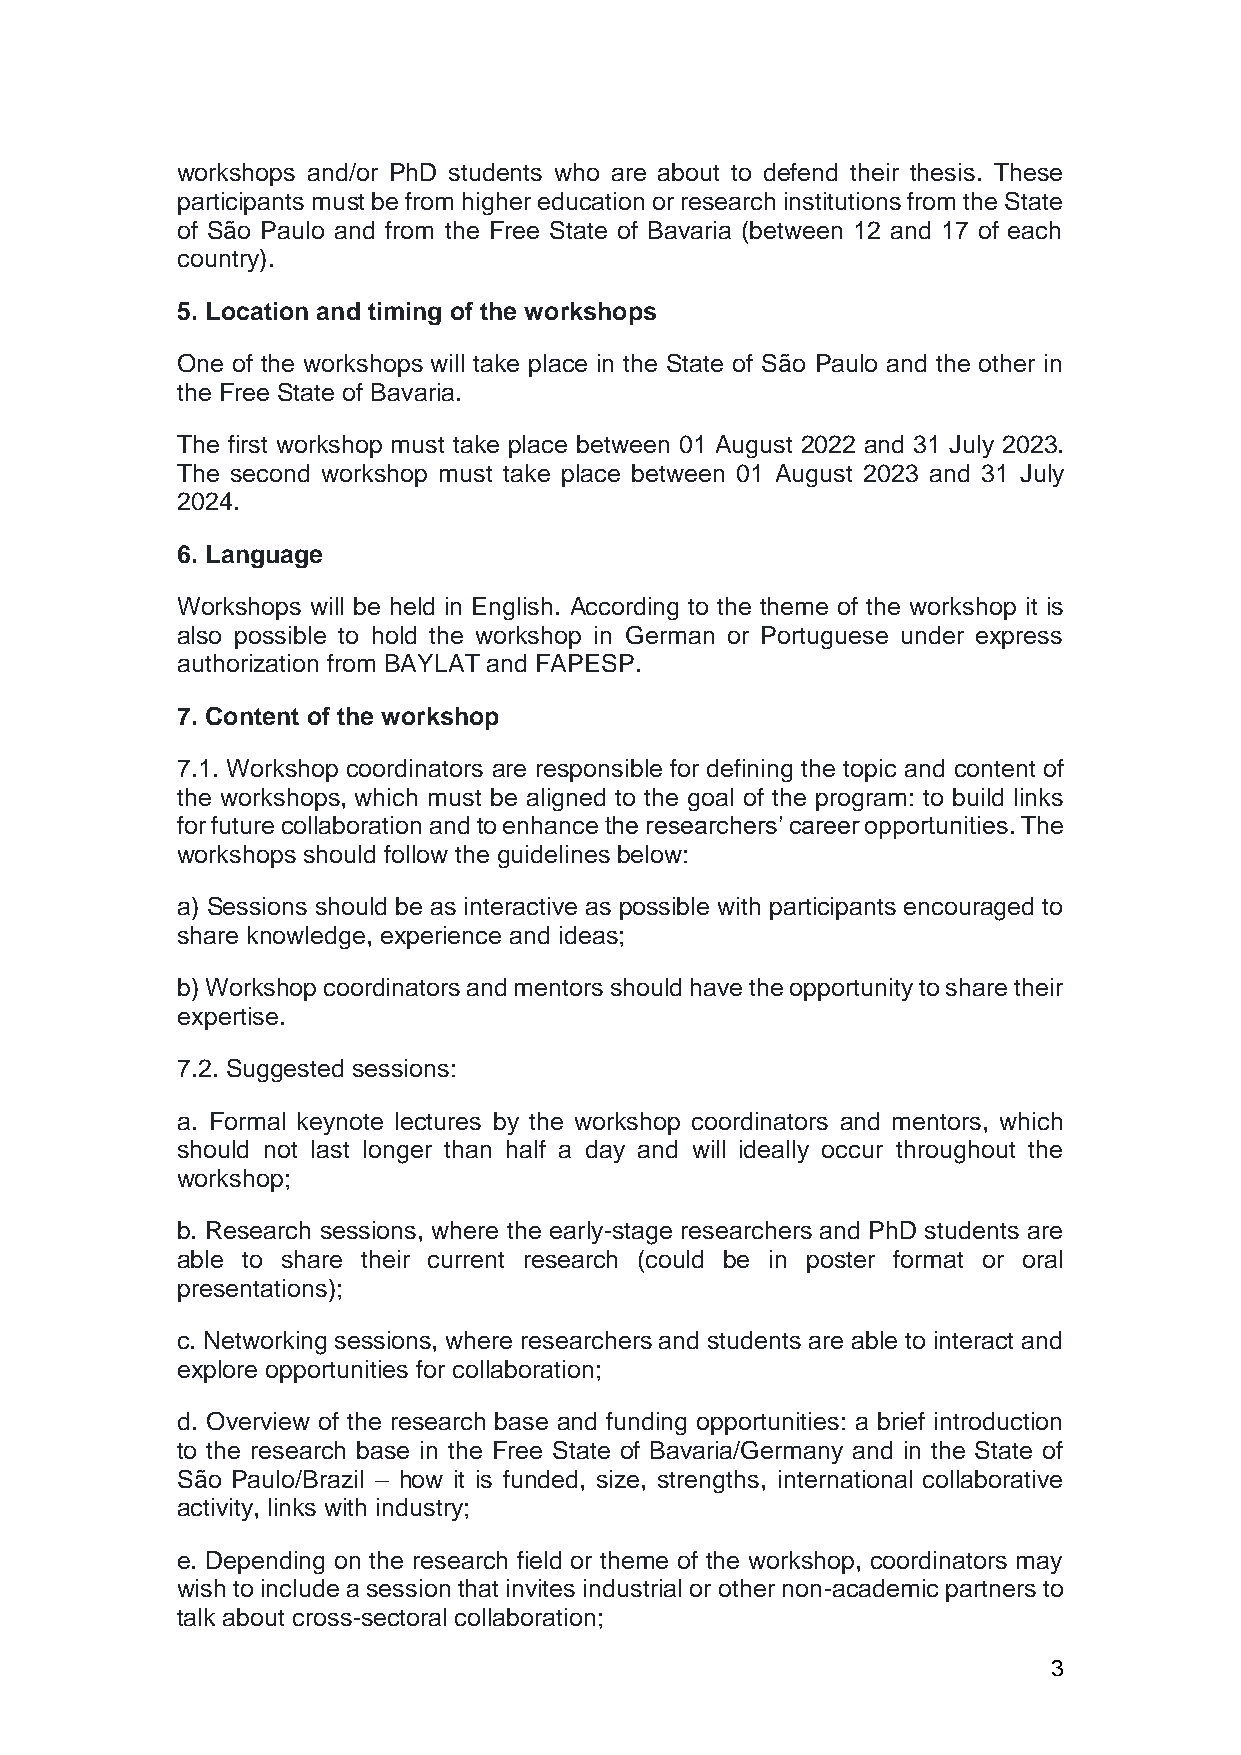
workshops and/or PhD students who are about to defend their thesis. These
 participants must be from higher education or research institutions from the State
 of São Paulo and from the Free State of Bavaria (between 12 and 17 of each
 country).
 5. Location and timing of the workshops
 One of the workshops will take place in the State of São Paulo and the other in
 the Free State of Bavaria.
 The first workshop must take place between 01 August 2022 and 31 July 2023.
 The second workshop must take place between 01 August 2023 and 31 July
 2024.
 6. Language
 Workshops will be held in English. According to the theme of the workshop it is
 also possible to hold the workshop in German or Portuguese under express
 authorization from BAYLAT and FAPESP.
 7. Content of the workshop
 7.1. Workshop coordinators are responsible for defining the topic and content of
 the workshops, which must be aligned to the goal of the program: to build links
 for future collaboration and to enhance the researchers’ career opportunities. The
 workshops should follow the guidelines below:
 a) Sessions should be as interactive as possible with participants encouraged to
 share knowledge, experience and ideas;
 b) Workshop coordinators and mentors should have the opportunity to share their
 expertise.
 7.2. Suggested sessions:
 a. Formal keynote lectures by the workshop coordinators and mentors, which
 should not last longer than half a day and will ideally occur throughout the
 workshop;
 b. Research sessions, where the early-stage researchers and PhD students are
 able to share their current research (could be in poster format or oral
 presentations);
 c. Networking sessions, where researchers and students are able to interact and
 explore opportunities for collaboration;
 d. Overview of the research base and funding opportunities: a brief introduction
 to the research base in the Free State of Bavaria/Germany and in the State of
 São Paulo/Brazil – how it is funded, size, strengths, international collaborative
 activity, links with industry;
 e. Depending on the research field or theme of the workshop, coordinators may
 wish to include a session that invites industrial or other non-academic partners to
 talk about cross-sectoral collaboration;
 3